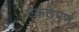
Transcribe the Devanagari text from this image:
एकटेपण